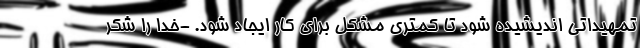
تمهیداتی اندیشیده شود تا کمتری مشکل برای کار ایجاد شود. -خدا را شکر